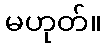
မဟုတ်။